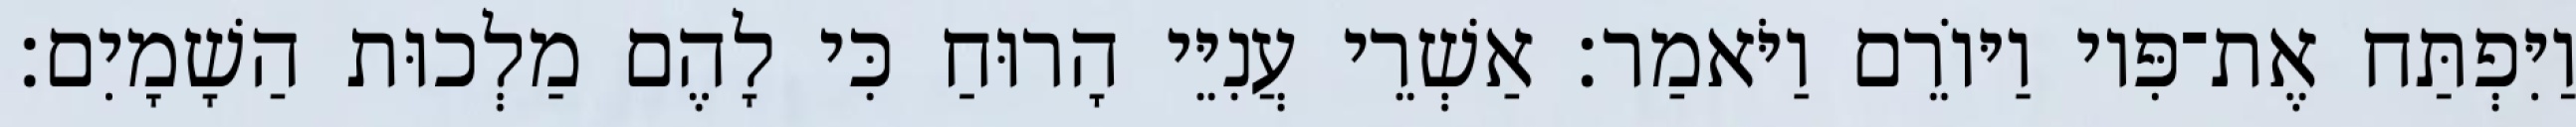
וַיִּפְתַּח אֶת־פִּיו וַיּוֹרֵם וַיֹּאמַר׃ אַשְׁרֵי עֲנִיֵּי הָרוּחַ כִּי לָהֶם מַלְכוּת הַשָׁמָיִם׃